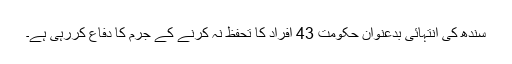
سندھ کی انتہائی بدعنوان حکومت 43 افراد کا تحفظ نہ کرنے کے جرم کا دفاع کررہی ہے۔